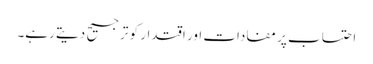
احتساب پر مفادات اور اقتدار کو ترجیح دیتے رہے۔